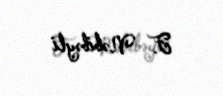
F. Nəbibəyli